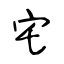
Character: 宅